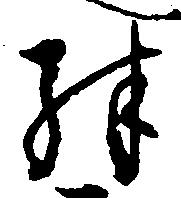
殊